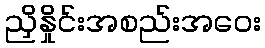
ညှိနှိုင်းအစည်းအဝေး